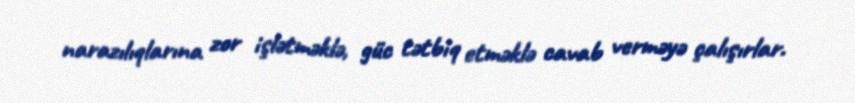
narazılıqlarına zor işlətməklə, güc tətbiq etməklə cavab verməyə çalışırlar.